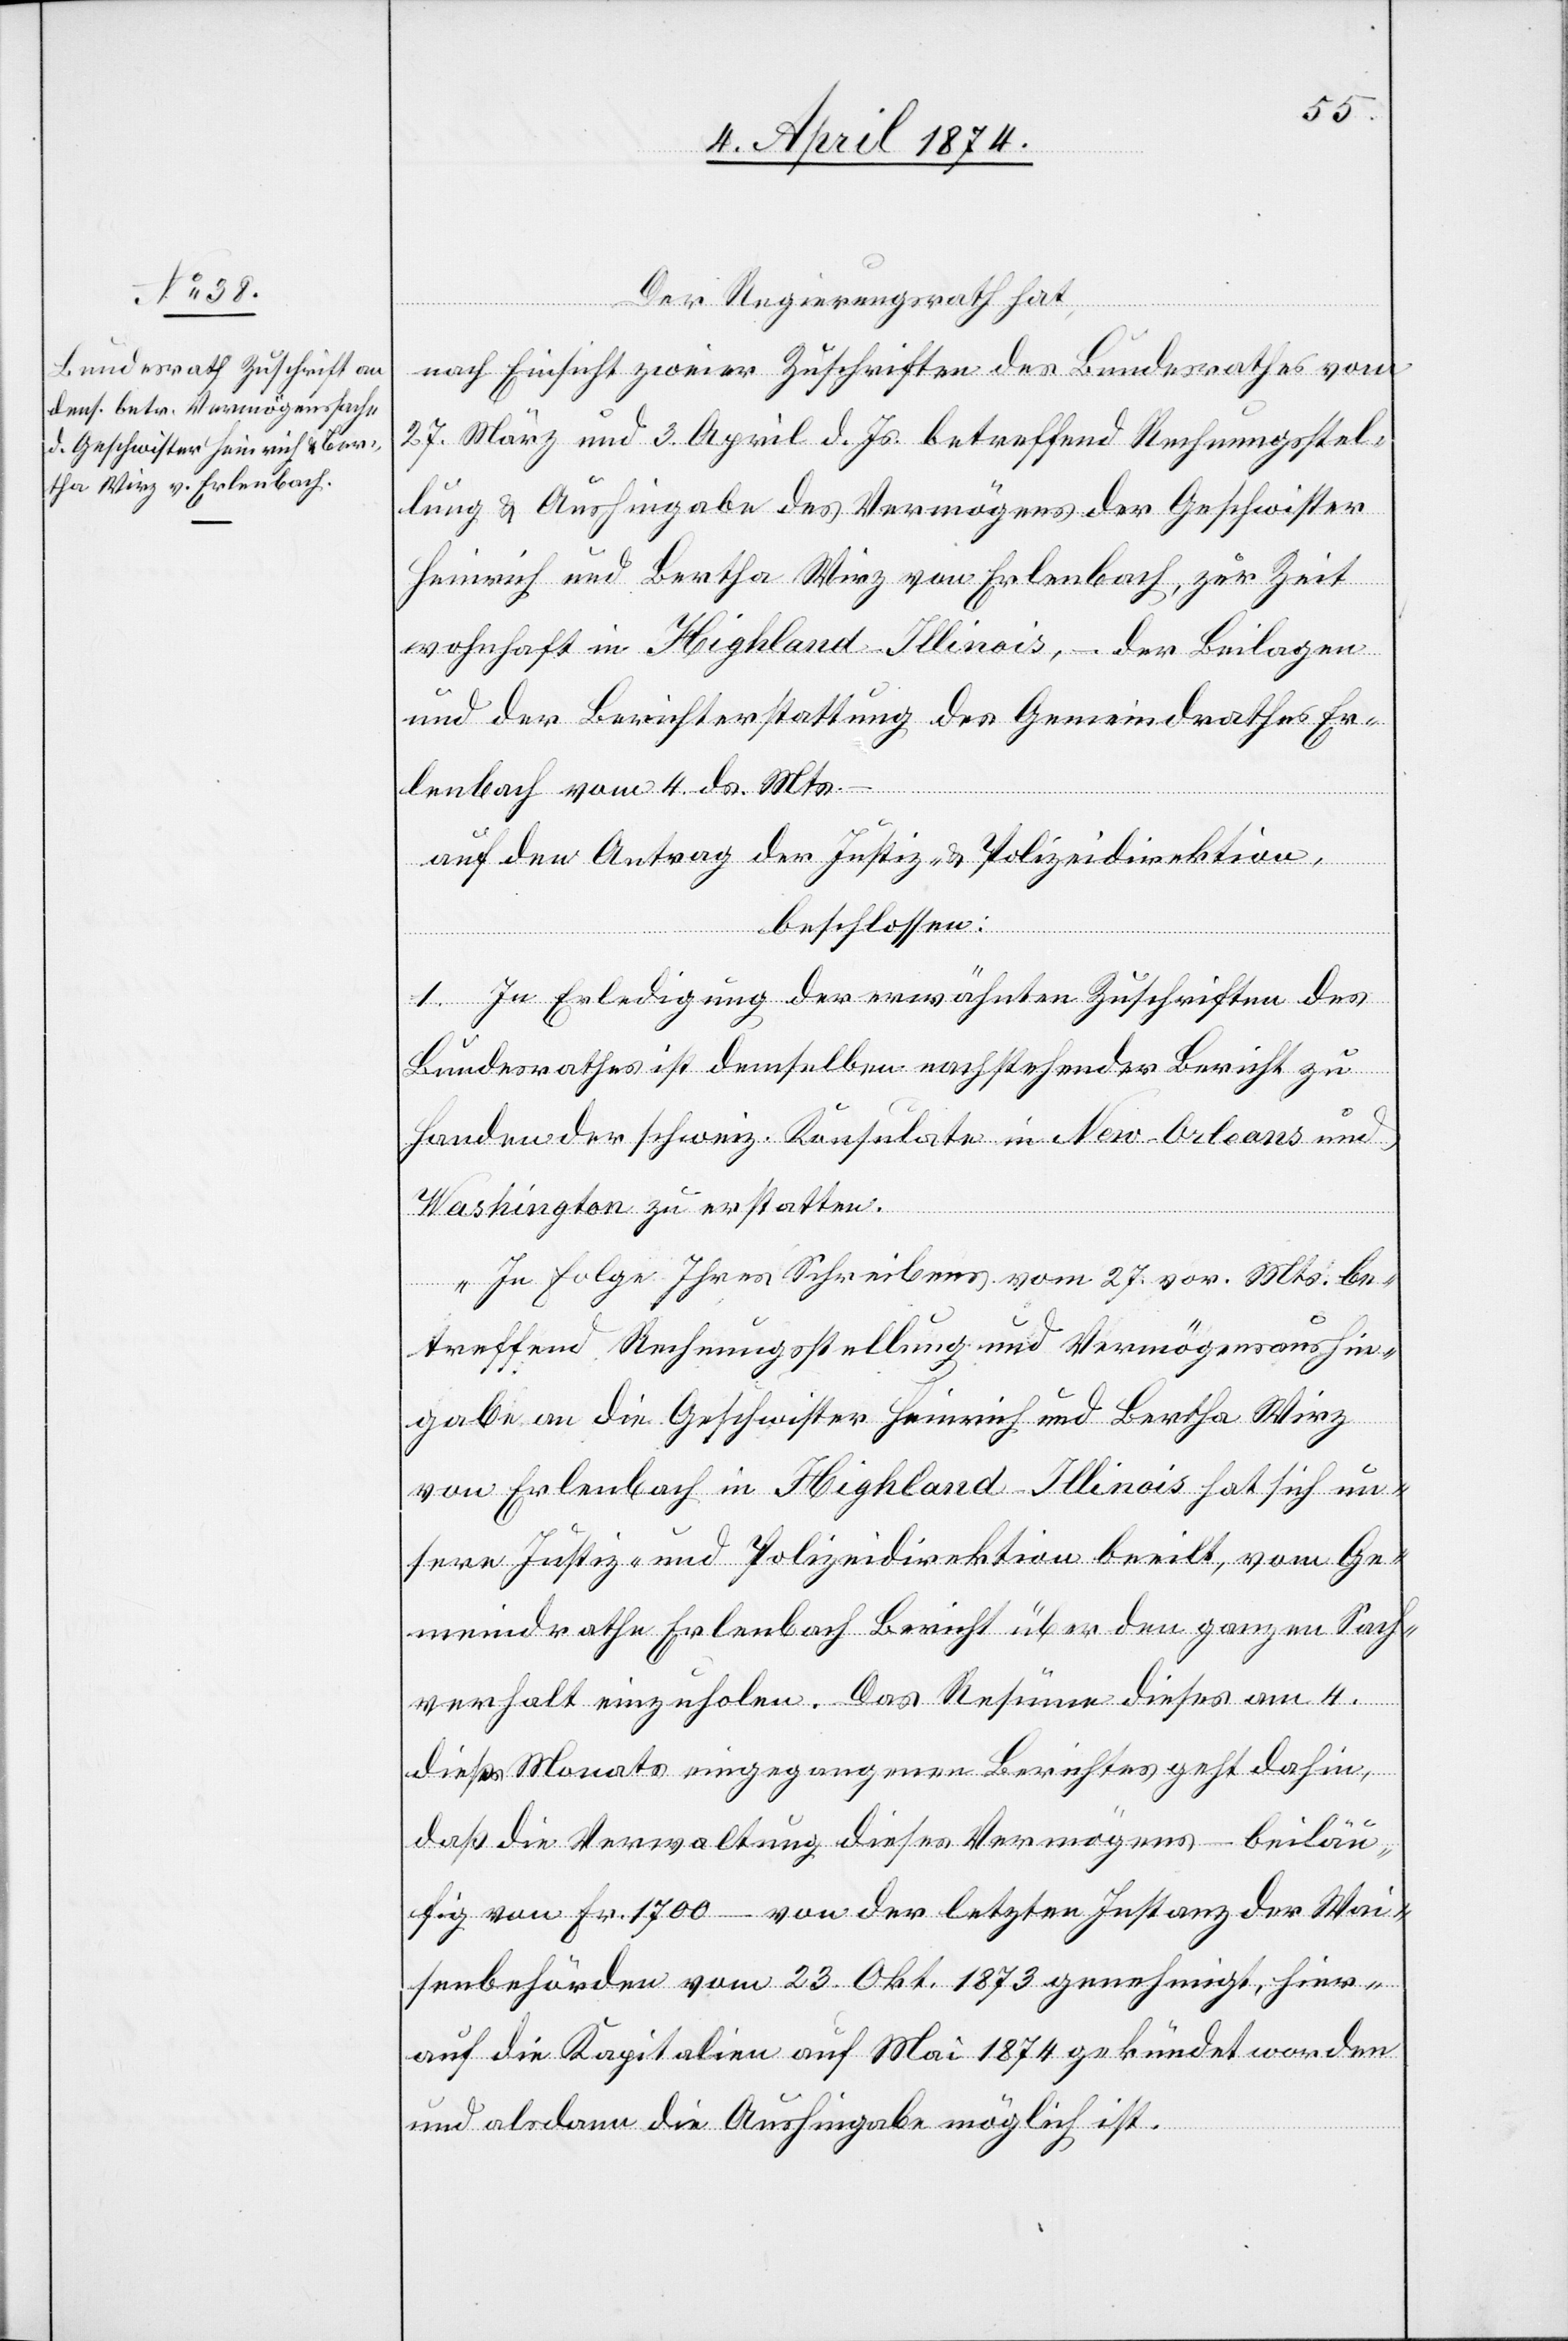
7. April 1874.]
Der Regierungsrath hat,
nach Einsicht zweier Zuschriften des Bundesrathes vom
27. März und 3. April d. Js. betreffend Rechnungsstel¬
lung u. Aushingabe des Vermögens der Geschwister
Heinrich und Bertha Wirz von Erlenbach, zur Zeit
wohnhaft in Highland-Illinois, – der Beilagen
und der Berichterstattung des Gemeindrathes Er¬
lenbach vom 4. d. Mts. –
auf den Antrag der Justiz- u. Polizeidirektion,
beschlossen:
1. In Erledigung der erwähnten Zuschriften des
Bundesrathes ist demselben nachstehender Bericht zu
Handen der schweiz. Konsulate in New-Orleans und
Washington zu erstatten.
„In Folge Ihres Schreibens vom 27. vor. Mts. be¬
treffend Rechnungsstellung und Vermögensaushin¬
gabe an die Geschwister Heinrich und Bertha Wirz
von Erlenbach in Highland-Illinois hat sich un¬
sere Justiz- und Polizeidirektion beeilt, vom Ge¬
meindrathe Erlenbach Bericht über den ganzen Sach¬
verhalt einzuholen. Das Resüme dieses am 4.
dieses Monats eingegangenen Berichtes geht dahin,
daß die Verwaltung dieses Vermögens – beiläu¬
fig von Fr. 1700 – von der letzten Instanz der Wai¬
senbehörden vom 23. Okt. 1873 genehmigt, hier¬
auf die Kapitalien auf Mai 1874 gekündet worden
und alsdann die Aushingabe möglich ist.